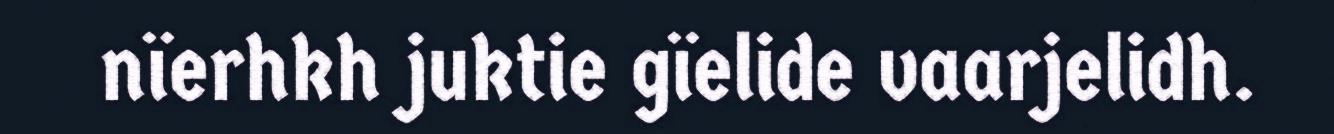
nïerhkh juktie gïelide vaarjelidh.